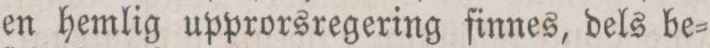
en hemlig upprorsregering finnes, dels be=